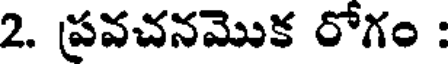
2. ప్రవచనమొక రోగం :